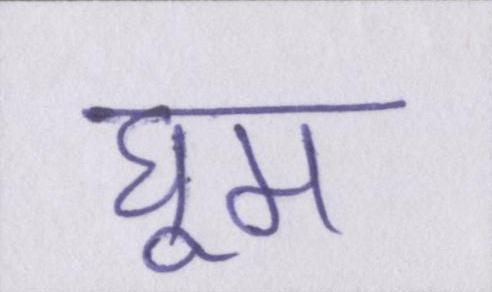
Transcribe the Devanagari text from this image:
घूम